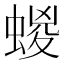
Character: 蝬